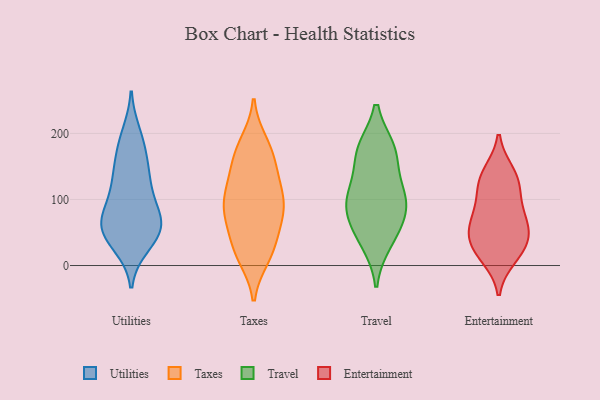
{"axis": {"x": "Gross Profit (USD K)", "y": "Value"}, "legend": ["Entertainment", "Taxes", "Travel", "Utilities"], "data": [{"x": "", "y": 67, "type": "Utilities"}, {"x": "", "y": 71, "type": "Utilities"}, {"x": "", "y": 168, "type": "Utilities"}, {"x": "", "y": 105, "type": "Utilities"}, {"x": "", "y": 49, "type": "Utilities"}, {"x": "", "y": 140, "type": "Utilities"}, {"x": "", "y": 32, "type": "Utilities"}, {"x": "", "y": 67, "type": "Utilities"}, {"x": "", "y": 60, "type": "Utilities"}, {"x": "", "y": 132, "type": "Utilities"}, {"x": "", "y": 82, "type": "Utilities"}, {"x": "", "y": 129, "type": "Utilities"}, {"x": "", "y": 186, "type": "Utilities"}, {"x": "", "y": 43, "type": "Utilities"}, {"x": "", "y": 198, "type": "Utilities"}, {"x": "", "y": 47, "type": "Utilities"}, {"x": "", "y": 92, "type": "Taxes"}, {"x": "", "y": 154, "type": "Taxes"}, {"x": "", "y": 175, "type": "Taxes"}, {"x": "", "y": 97, "type": "Taxes"}, {"x": "", "y": 136, "type": "Taxes"}, {"x": "", "y": 79, "type": "Taxes"}, {"x": "", "y": 125, "type": "Taxes"}, {"x": "", "y": 31, "type": "Taxes"}, {"x": "", "y": 169, "type": "Taxes"}, {"x": "", "y": 14, "type": "Taxes"}, {"x": "", "y": 19, "type": "Taxes"}, {"x": "", "y": 105, "type": "Taxes"}, {"x": "", "y": 64, "type": "Taxes"}, {"x": "", "y": 185, "type": "Taxes"}, {"x": "", "y": 93, "type": "Taxes"}, {"x": "", "y": 24, "type": "Taxes"}, {"x": "", "y": 70, "type": "Taxes"}, {"x": "", "y": 78, "type": "Travel"}, {"x": "", "y": 36, "type": "Travel"}, {"x": "", "y": 102, "type": "Travel"}, {"x": "", "y": 48, "type": "Travel"}, {"x": "", "y": 172, "type": "Travel"}, {"x": "", "y": 173, "type": "Travel"}, {"x": "", "y": 109, "type": "Travel"}, {"x": "", "y": 112, "type": "Travel"}, {"x": "", "y": 80, "type": "Travel"}, {"x": "", "y": 175, "type": "Travel"}, {"x": "", "y": 45, "type": "Entertainment"}, {"x": "", "y": 120, "type": "Entertainment"}, {"x": "", "y": 116, "type": "Entertainment"}, {"x": "", "y": 35, "type": "Entertainment"}, {"x": "", "y": 64, "type": "Entertainment"}, {"x": "", "y": 12, "type": "Entertainment"}, {"x": "", "y": 33, "type": "Entertainment"}, {"x": "", "y": 17, "type": "Entertainment"}, {"x": "", "y": 90, "type": "Entertainment"}, {"x": "", "y": 138, "type": "Entertainment"}, {"x": "", "y": 63, "type": "Entertainment"}, {"x": "", "y": 141, "type": "Entertainment"}, {"x": "", "y": 69, "type": "Entertainment"}]}